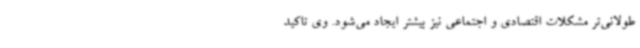
طولانی‌تر مشکلات اقتصادی و اجتماعی نیز بیشتر ایجاد می‌شود. وی تاکید